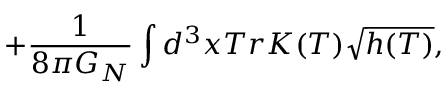
+ \frac { 1 } { 8 \pi G _ { N } } \int d ^ { 3 } x T r K ( T ) \sqrt { h ( T ) } ,